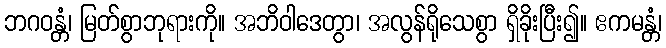
ဘဂဝန္တံ၊ မြတ်စွာဘုရားကို။ အဘိဝါဒေတွာ၊ အလွန်ရိုသေစွာ ရှိခိုးပြီး၍။ ဧကမန္တံ၊